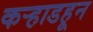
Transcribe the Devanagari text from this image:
कर्‍हाडहून